Report on the working of the Ranchi Indian Mental Hospital, Kanke, in Bihar and Orissa - 1930-1940
Year: 1930
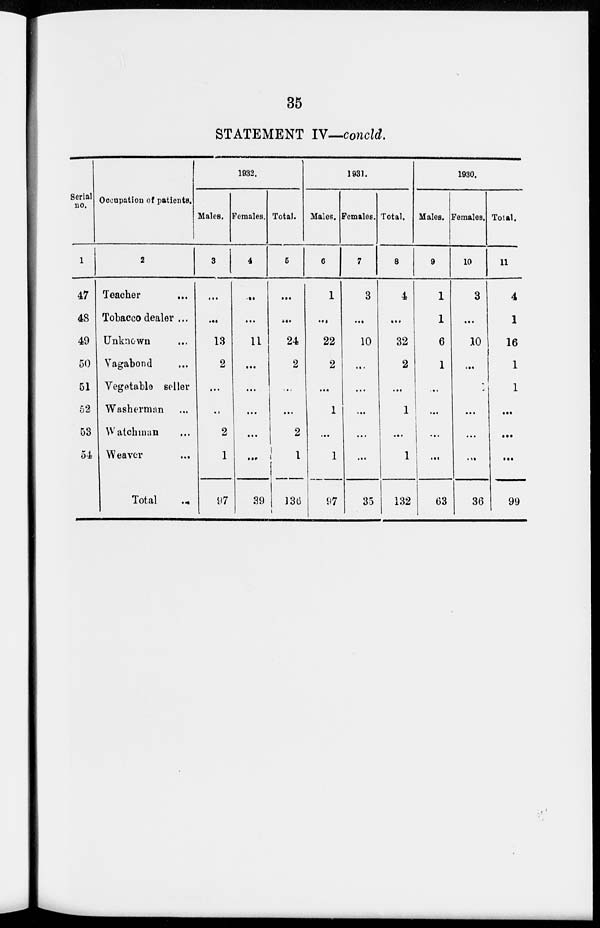
35
STATEMENT IV—concld.
Serial
no.
1
47
48
49
50
51
52
53
54
Occupation of patients.
2
Teacher
...
Tobacco dealer ...
Unknown ...
Vagabond ...
Vegetable seller
Washerman ...
Watchman ...
Weaver ...
Total
...
1932.
Males.
3
...
...
13
2
...
..
2
1
97
Females.
4
...
...
11
...
...
...
...
...
39
Total.
5
...
...
24
2
...
...
2
1
136
1931.
Males.
6
1
...
22
2
...
1
...
1
97
Females.
7
3
...
10
...
...
1
...
...
35
Total.
8
4
...
32
2
...
1
...
1
132
1930.
Males.
9
1
1
6
1
...
...
...
63
Females.
10
3
...
10
...
...
...
...
36
Total.
11
4
1
16
1
1
...
...
...
99